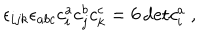
\epsilon _ { i j k } \epsilon _ { a b c } c _ { i } ^ { a } c _ { j } ^ { b } c _ { k } ^ { c } = 6 \, \mathrm { d e t } c _ { i } ^ { a } \ ,